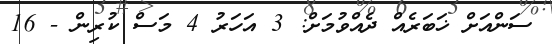
ސަންއަށް ޚަބަރެއް ދެއްވުމަށް: 3 އަހަރު 4 މަސް ކުރިން - 16